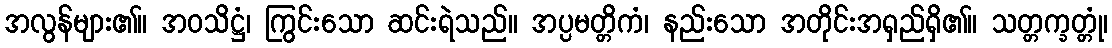
အလွန်များ၏။ အဝသိဋ္ဌံ၊ ကြွင်းသော ဆင်းရဲသည်။ အပ္ပမတ္တိကံ၊ နည်းသော အတိုင်းအရှည်ရှိ၏။ သတ္တက္ခတ္တုံ၊